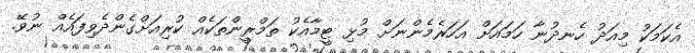
އެކަމަކު މިއަދު ހެނދުނާ ހަމައަށް އަހަރެމެންނަށް މުޅި ޓީމާއެކު ތަމްރީންތަކެއް ކުރިއަށްގެންދެވިފައެއް ނުވޭ.